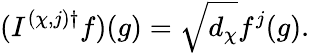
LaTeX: (I^{(\chi,j)\dagger}f)(g)=\sqrt{d_{\chi}}f^{j}(g).